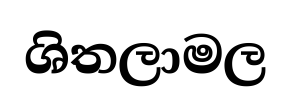
ශිතලාමල